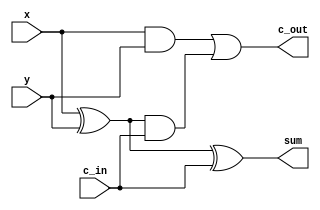
`timescale 1ns / 1ps
//////////////////////////////////////////////////////////////////////////////////
// Company: 
// Engineer: 
// 
// Design Name: 
// Module Name:    FA 
// Project Name: 
// Target Devices: 
// Tool versions: 
// Description: 
//
// Dependencies: 
//
// Revision: 
// Revision 0.01 - File Created
// Additional Comments: 
//
//////////////////////////////////////////////////////////////////////////////////
module FA(c_out,sum,x,y,c_in);
input x , y , c_in;
output c_out,sum;
wire w_1,w_2,w_3;
xor(w_1,x,y);
xor(sum,w_1,c_in);
and(w_2,w_1,c_in);
and(w_3,x,y);
or(c_out,w_3,w_2);
endmodule